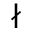
\nmid